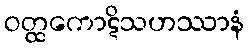
ဝတ္ထကောဋိသဟဿာနံ